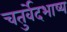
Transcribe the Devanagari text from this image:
चतुर्वेदभाष्य